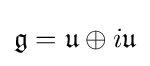
{\mathfrak {g}}={\mathfrak {u}}\oplus i{\mathfrak {u}}